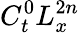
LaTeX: C_{t}^{0}L_{x}^{2n}